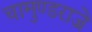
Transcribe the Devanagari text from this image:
चामुण्डराजे